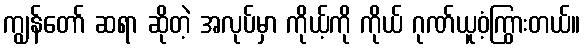
ကျွန်တော် ဆရာ ဆိုတဲ့ အလုပ်မှာ ကိုယ့်ကို ကိုယ် ဂုဏ်ယူဝံ့ကြွားတယ်။